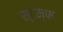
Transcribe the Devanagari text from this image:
स्टम्फ